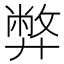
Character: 弊